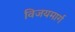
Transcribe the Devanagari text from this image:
विजयमार्ग